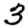
Digit: 3